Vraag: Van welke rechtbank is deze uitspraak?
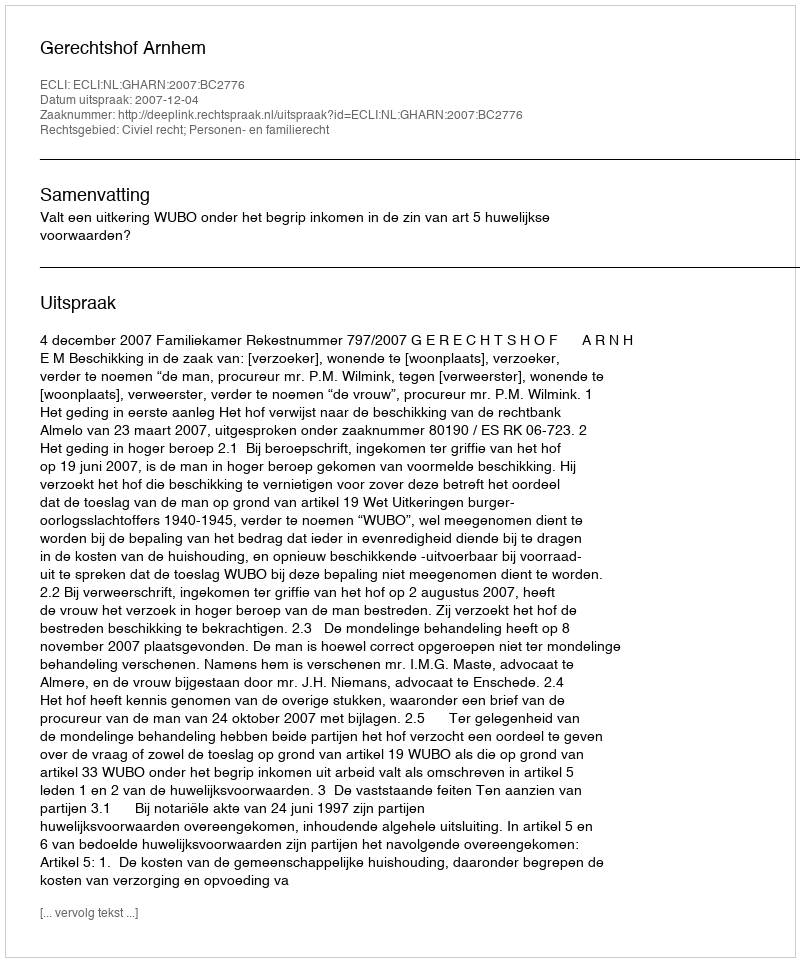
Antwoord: Gerechtshof Arnhem